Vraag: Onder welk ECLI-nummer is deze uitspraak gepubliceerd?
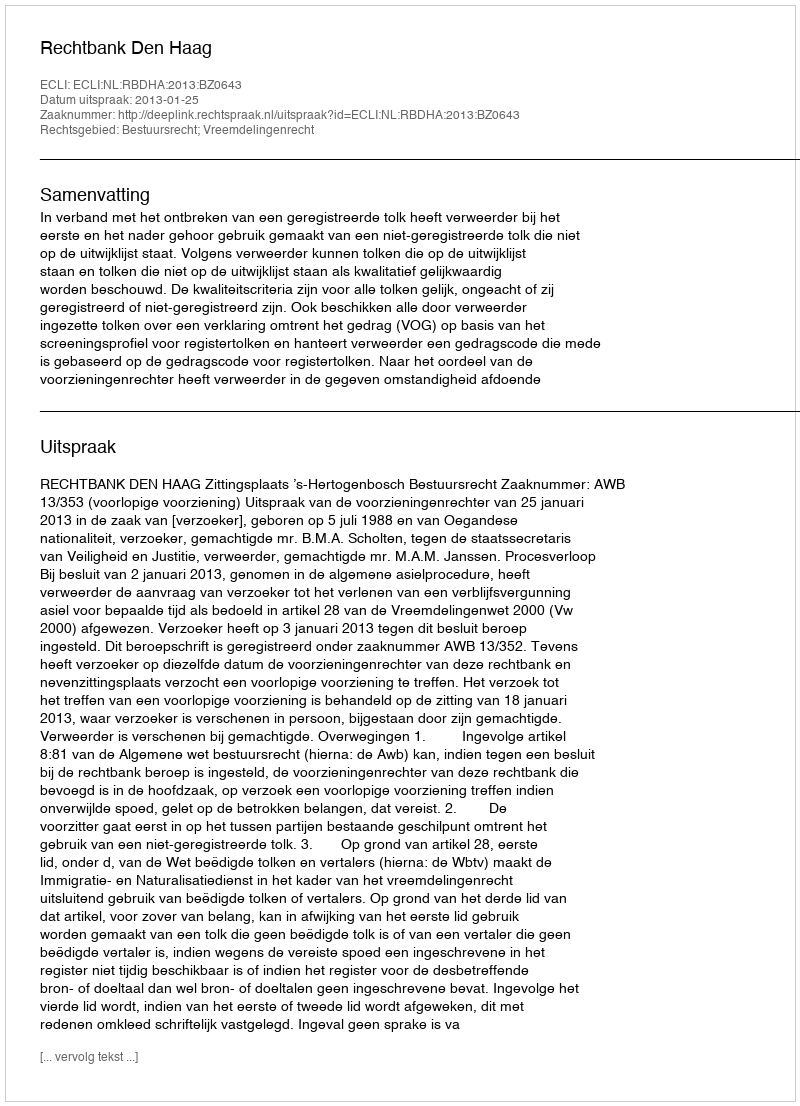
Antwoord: ECLI:NL:RBDHA:2013:BZ0643